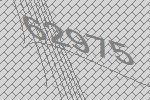
62975